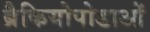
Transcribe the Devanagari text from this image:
ब्रैकियोपोडाओं